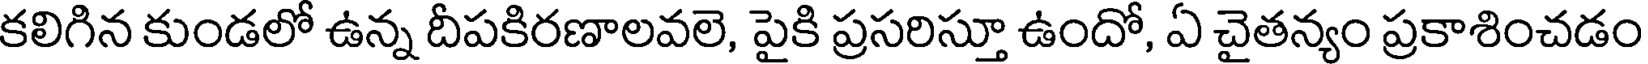
కలిగిన కుండలో ఉన్న దీపకిరణాలవలె, పైకి ప్రసరిస్తూ ఉందో, ఏ చైతన్యం ప్రకాశించడం